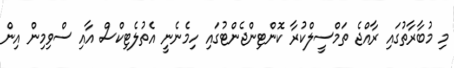
މި މުބާރާތުގައި ރާއްޖެ ތަމްސީލްކުރާ ކޮންޓިންޖެންޓުގައި ހިމެނެނީ އެތުލެޓިކްސް އާއި ސްވިމިން އިން